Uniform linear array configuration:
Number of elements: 64
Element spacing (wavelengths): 0.25
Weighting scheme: cosine
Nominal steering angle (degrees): -60
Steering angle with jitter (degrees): -58.263
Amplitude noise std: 0.05
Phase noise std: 0.05

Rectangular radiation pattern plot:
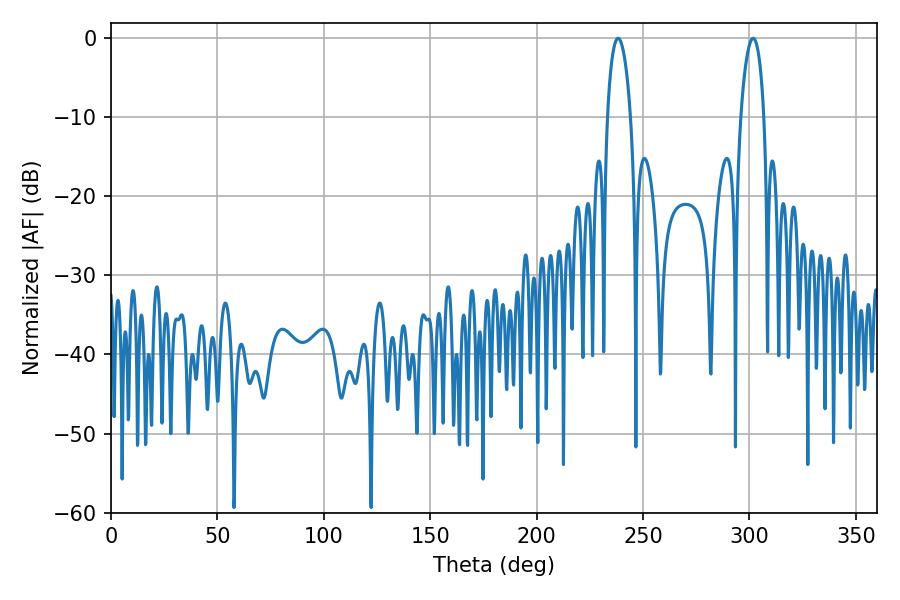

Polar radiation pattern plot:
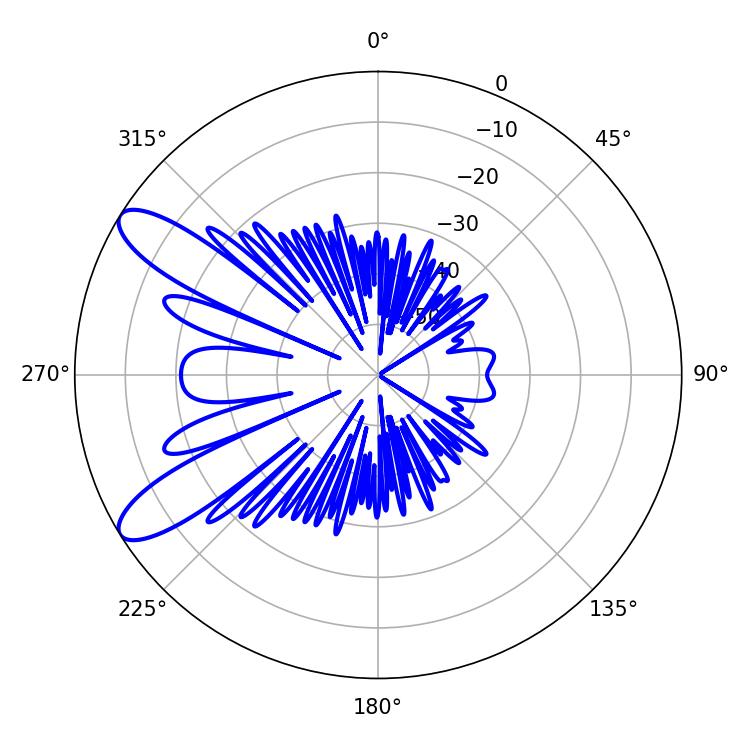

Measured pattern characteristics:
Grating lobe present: FALSE
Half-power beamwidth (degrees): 6.3
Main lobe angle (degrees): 238.32